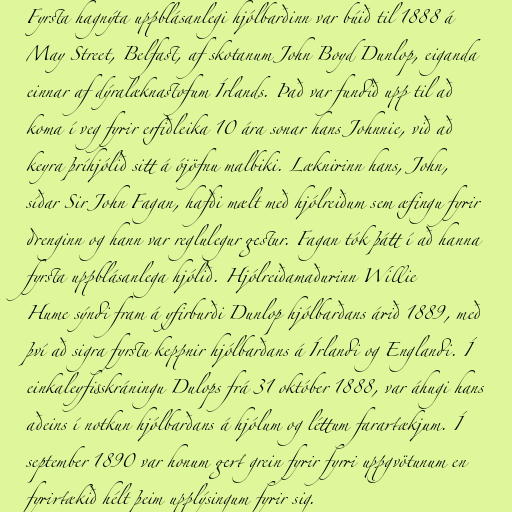
Fyrsta hagnýta uppblásanlegi hjólbarðinn var búið til 1888 á
May Street, Belfast, af skotanum John Boyd Dunlop, eiganda
einnar af dýralæknastofum Írlands. Það var fundið upp til að
koma í veg fyrir erfiðleika 10 ára sonar hans Johnnie, við að
keyra þríhjólið sitt á ójöfnu malbiki. Læknirinn hans, John,
síðar Sir John Fagan, hafði mælt með hjólreiðum sem æfingu fyrir
drenginn og hann var reglulegur gestur. Fagan tók þátt í að hanna
fyrsta uppblásanlega hjólið. Hjólreiðamaðurinn Willie
Hume sýndi fram á yfirburði Dunlop hjólbarðans árið 1889, með
því að sigra fyrstu keppnir hjólbarðans á Írlandi og Englandi. Í
einkaleyfisskráningu Dulops frá 31 október 1888, var áhugi hans
aðeins í notkun hjólbarðans á hjólum og léttum farartækjum. Í
september 1890 var honum gert grein fyrir fyrri uppgvötunum en
fyrirtækið hélt þeim upplýsingum fyrir sig.